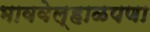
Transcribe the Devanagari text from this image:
भाववेल्हाळपणा